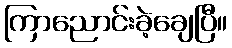
ကြာညောင်းခဲ့ချေပြီ။